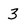
Character: 3